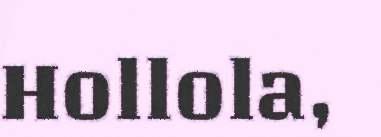
Hollola,